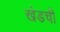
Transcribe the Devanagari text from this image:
खेडची